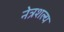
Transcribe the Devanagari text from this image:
नेत्रशल्य